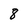
Character: 8